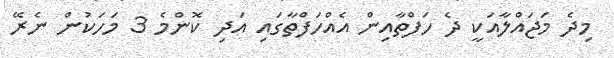
މިދެ މަޖައްލާއަކީ ދެ ހަފްތާއިން އެއްހަފްތާގައި އަދި ކޮންމެ 3 މަހަކުން ނެރޭ